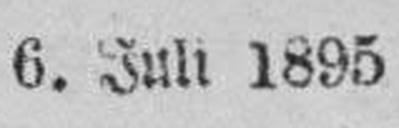
6. Juli 1895